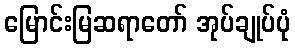
မြောင်းမြဆရာတော် အုပ်ချုပ်ပုံ